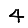
Digit: 4